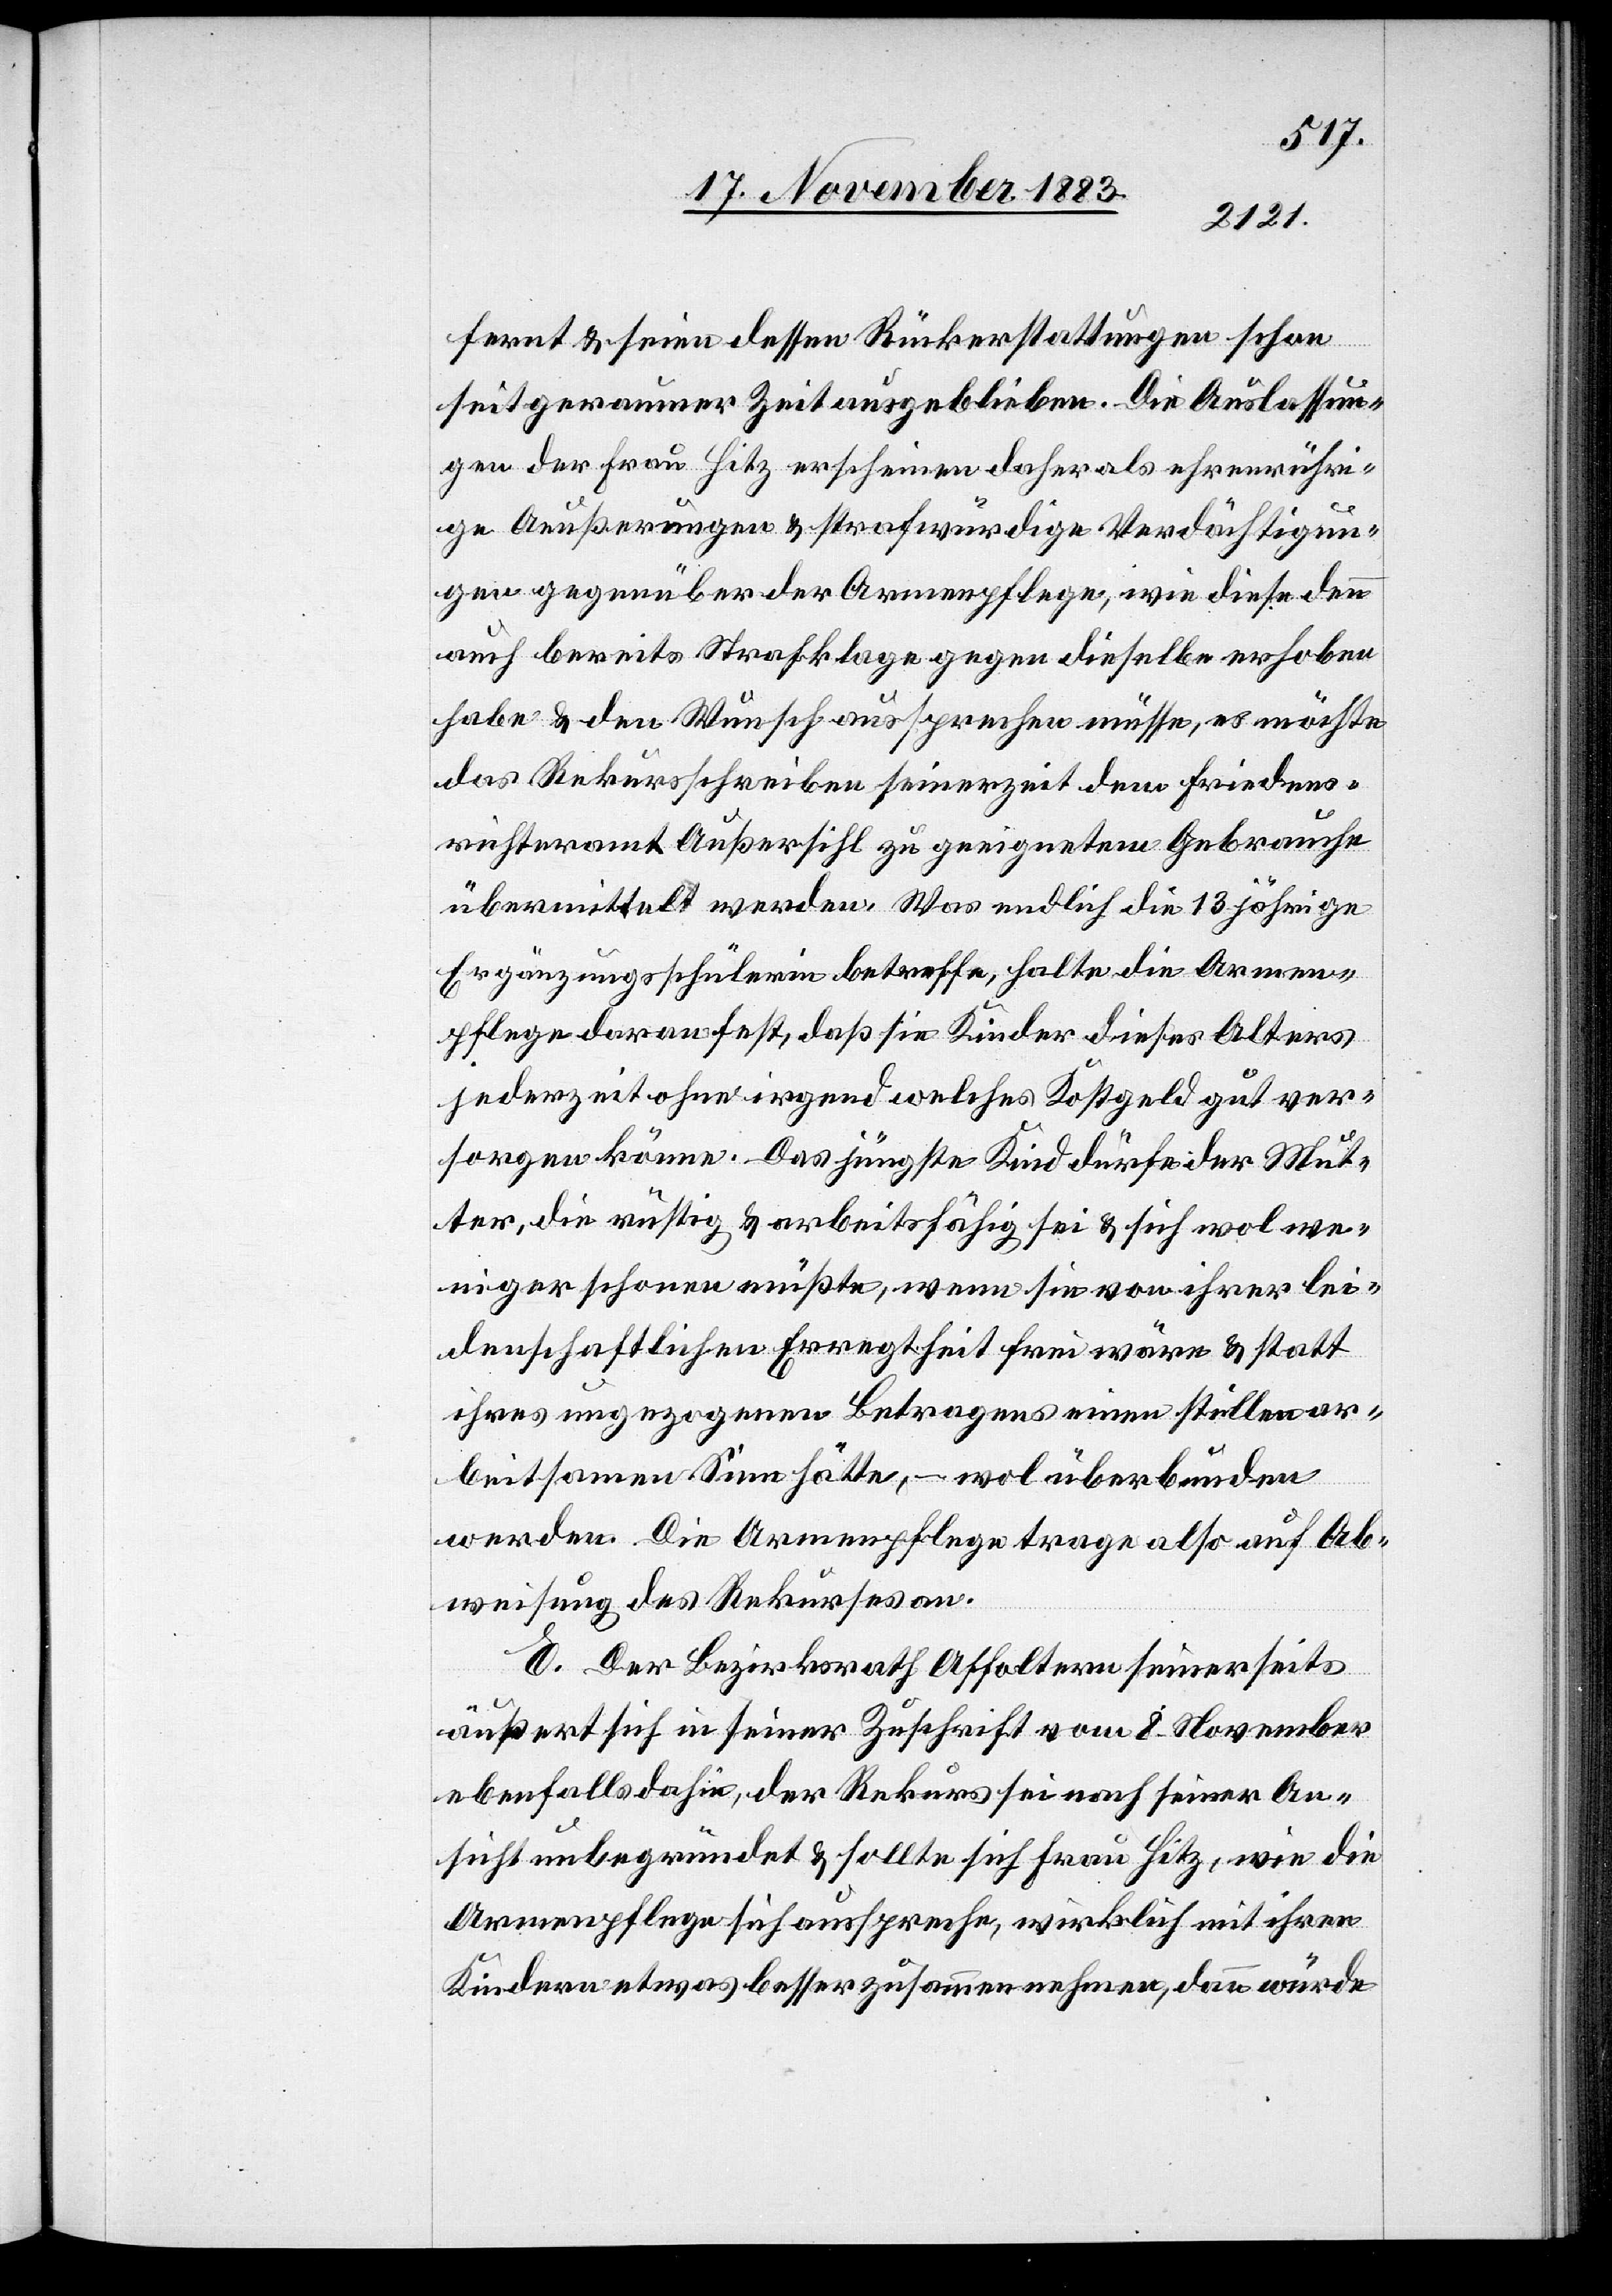
fernt & seien dessen Rückerstattungen schon
seit geraumer Zeit ausgeblieben. Die Auslassun¬
gen der Frau Hitz erscheinen daher als ehrenrühri¬
ge Aeußerungen & strafwürdige Verdächtigun¬
gen gegenüber der Armenpflege, wie diese denn
auch bereits Strafklage gegen dieselbe erhoben
habe & den Wunsch aussprechen müsse, es möchte
das Rekursschreiben seinerzeit dem Friedens¬
richteramt Außersihl zu geeignetem Gebrauche
übermittelt werden. Was endlich die 13 jährige
Ergänzungsschülerin betreffe, halte die Armen¬
pflege daran fest, daß sie Kinder dieses Alters
jederzeit ohne irgend welches Kostgeld gut ver¬
sorgen könne. Das jüngste Kind dürfe der Mut¬
ter, die rüstig & arbeitsfähig sei & sich wol we¬
niger schonen müßte, wenn sie von ihrer lei¬
denschaftlichen Erregtheit frei wäre & statt
ihres ungezogenen Betragens einen stillen ar¬
beitsamen Sinn hätte, – wol überbunden
werden. Die Armenpflege trage also auf Ab¬
weisung des Rekurses an.
E. Der Bezirksrath Affoltern seinerseits
äußert sich in seiner Zuschrift vom 8. November
ebenfalls dahin, der Rekurs sei nach seiner An¬
sicht unbegründet & sollte sich Frau Hitz, wie die
Armenpflege sich ausspreche, wirklich mit ihren
Kindern etwas besser zusammennehmen, dann würde